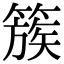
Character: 簇